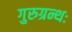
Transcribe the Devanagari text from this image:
गुरुग्रन्थः